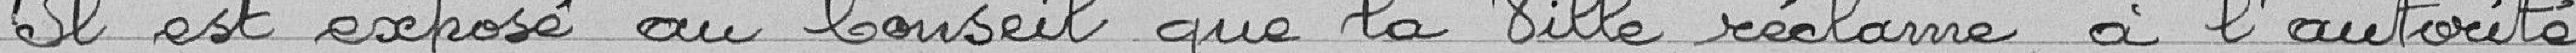
Il est exposé au Conseil que la ville réclame à l'autorité